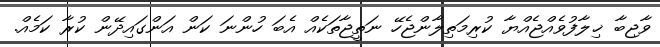
ވާޖިބާ ޚިލާފުވެއްޖެއްޔާ ކުރިމަތިލާންޖެހޭ ނަތީޖާތަކެއް އެބަ ހުންނަ ކަން އަންގައިދޭން ކުރާ ކަމެއް.